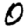
Digit: 0